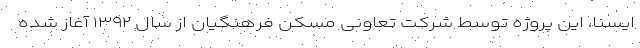
ایسنا، این پروژه توسط شرکت تعاونی مسکن فرهنگیان از سال ۱۳۹۲ آغاز شده